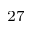
^ { 2 7 }